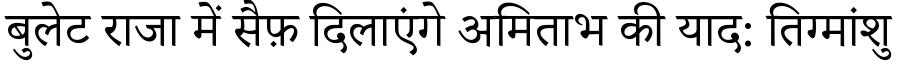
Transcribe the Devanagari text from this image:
बुलेट राजा में सैफ़ दिलाएंगे अमिताभ की याद: तिग्मांशु